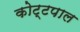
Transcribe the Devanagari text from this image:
कोट्टपाल